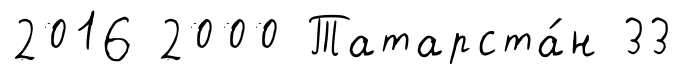
2016 2000 Татарста́н 33